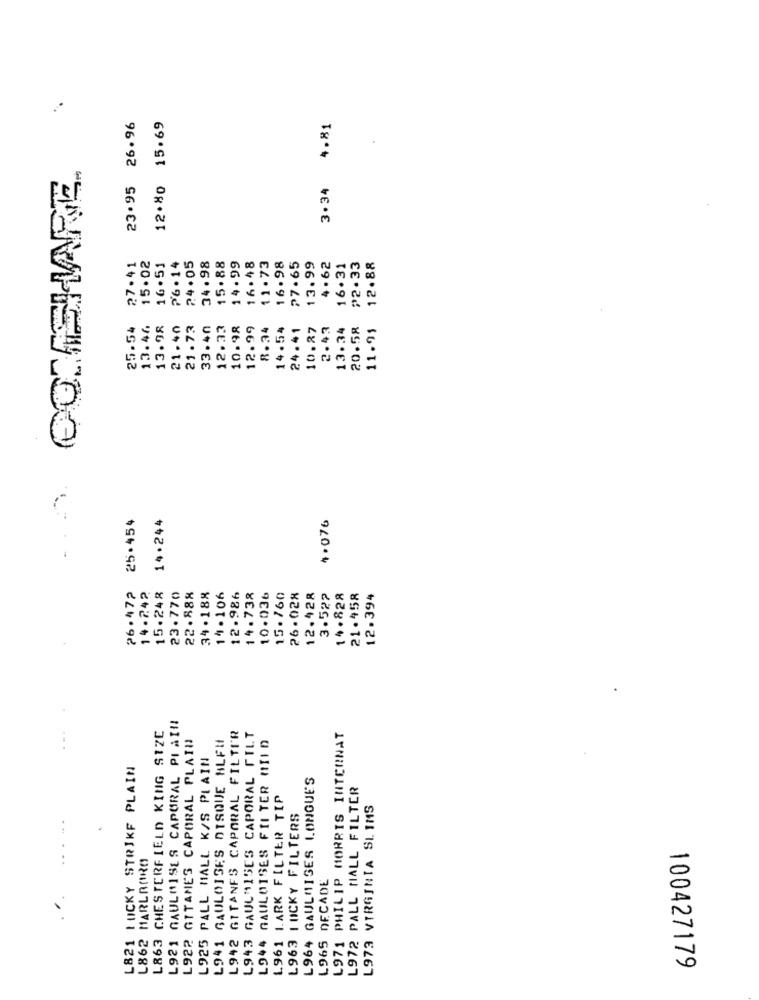
23.95 26.96
12.80 15.69
4.81
CASHVARE
3.34
24.05
34.98
15.88
14.99
16.48
11.73
16.98
27.65
27.41
15.02
16.51
76.14
13.99
4.62
16.31
₱2.33
12.88
25.54
13.46
13.98
21.40
21.73
33.40
12.33
10.98
12.99
8.34
14.54
24.41
10.27
2.43
13.34
20.58
11.95
25.454
14.244
4.076
26.472
15.248
14.242
23.770
22.888
34 .188
14.106
12.986
14.738
10.036
15.760
26.028
12.428
3.527
14.828
21.458
12.394
L921 GAULAISES CAPORAL PIAIN
L863 CHESTERFIELD KING SIZE
L942 GITANFS CAPORAL FILTER
L922 GITANES CAPORAL PLAIN
L941 GAULOISES DISQUE BLFM
L943 GAULMISES CAPORAL FILT
L944 GAULOISES FILTER MILD
L971 PHILIP MORRIS INTERNAT
L925 PALL MALL K/S PLAIN
L821 LUCKY STRIKE PLAIN
L964 GAULMISES LONGUES
L972 PALL MALL FILTER
L961 1.ARK FILTER TIP
L973 VIRGINIA SLIMS
L963 I OCKY FILTERS
L862 MARLRARO
L965 DECADE
100427179